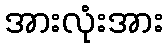
အားလုံးအား